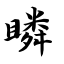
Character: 瞵